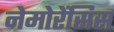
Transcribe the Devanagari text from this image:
नेमोरेंसिस